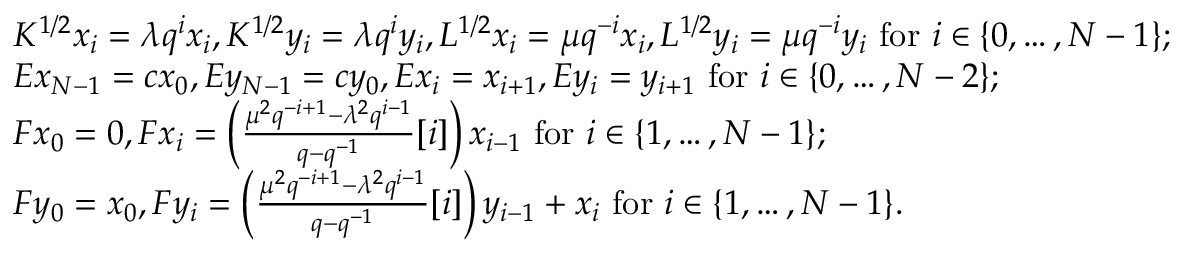
\begin{array} { r l } & { K ^ { 1 / 2 } x _ { i } = \lambda q ^ { i } x _ { i } , K ^ { 1 / 2 } y _ { i } = \lambda q ^ { i } y _ { i } , L ^ { 1 / 2 } x _ { i } = \mu q ^ { - i } x _ { i } , L ^ { 1 / 2 } y _ { i } = \mu q ^ { - i } y _ { i } \mathrm { ~ f o r ~ } i \in \{ 0 , \ldots , N - 1 \} ; } \\ & { E x _ { N - 1 } = c x _ { 0 } , E y _ { N - 1 } = c y _ { 0 } , E x _ { i } = x _ { i + 1 } , E y _ { i } = y _ { i + 1 } \mathrm { ~ f o r ~ } i \in \{ 0 , \ldots , N - 2 \} ; } \\ & { F x _ { 0 } = 0 , F x _ { i } = \left( \frac { \mu ^ { 2 } q ^ { - i + 1 } - \lambda ^ { 2 } q ^ { i - 1 } } { q - q ^ { - 1 } } [ i ] \right) x _ { i - 1 } \mathrm { ~ f o r ~ } i \in \{ 1 , \ldots , N - 1 \} ; } \\ & { F y _ { 0 } = x _ { 0 } , F y _ { i } = \left( \frac { \mu ^ { 2 } q ^ { - i + 1 } - \lambda ^ { 2 } q ^ { i - 1 } } { q - q ^ { - 1 } } [ i ] \right) y _ { i - 1 } + x _ { i } \mathrm { ~ f o r ~ } i \in \{ 1 , \ldots , N - 1 \} . } \end{array}